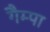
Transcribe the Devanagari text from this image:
गैम्पा